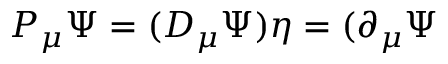
P _ { \mu } \Psi = ( D _ { \mu } \Psi ) \eta = ( \partial _ { \mu } \Psi